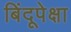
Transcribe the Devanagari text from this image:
बिंदूपेक्षा